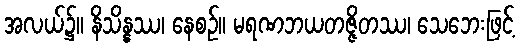
အလယ်၌။ နိသိန္နဿ၊ နေစဉ်။ မရဏဘယတဇ္ဇိတဿ၊ သေဘေးဖြင့်